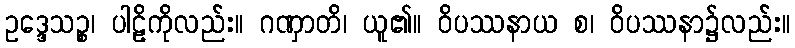
ဥဒ္ဒေသဉ္စ၊ ပါဠိကိုလည်း။ ဂဏှာတိ၊ ယူ၏။ ဝိပဿနာယ စ၊ ဝိပဿနာ၌လည်း။